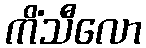
ကိံသီလော